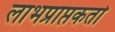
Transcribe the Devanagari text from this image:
लाभप्राप्तकर्ता